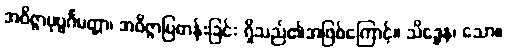
အဝိဇ္ဇာပုဗ္ဗင်္ဂမတ္တာ၊ အဝိဇ္ဇာပြဓာန်းခြင်း ရှိသည်၏အဖြစ်ကြောင့်။ သိဒ္ဓေန၊ သော။